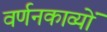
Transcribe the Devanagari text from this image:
वर्णनकाव्यों